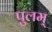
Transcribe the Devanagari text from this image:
पुलम्